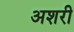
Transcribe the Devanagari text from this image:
अशरी